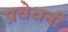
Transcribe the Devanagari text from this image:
प्रवेधनी